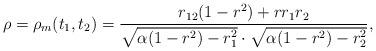
LaTeX: \begin{align*} \rho = \rho_{m}(t_{1},t_{2}) =\frac{r_{12}(1-r^{2})+rr_{1}r_{2}}{\sqrt{\alpha (1-r^{2})-r_{1}^{2}}\cdot \sqrt{\alpha (1-r^{2})-r_{2}^{2}}},\end{align*}